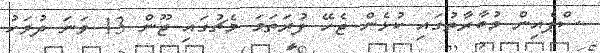
ސްޕެއިން މުބާރާތުގައި ކުޅެން ޖެހޭ ފުރަތަމަ މެޗުގައި ޖޫން 13 ވަނަ ދުވަހު